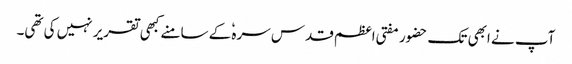
آپ نے ابھی تک حضور مفتی اعظم قدس سرہٗ کے سامنے کبھی تقریر نہیں کی تھی۔